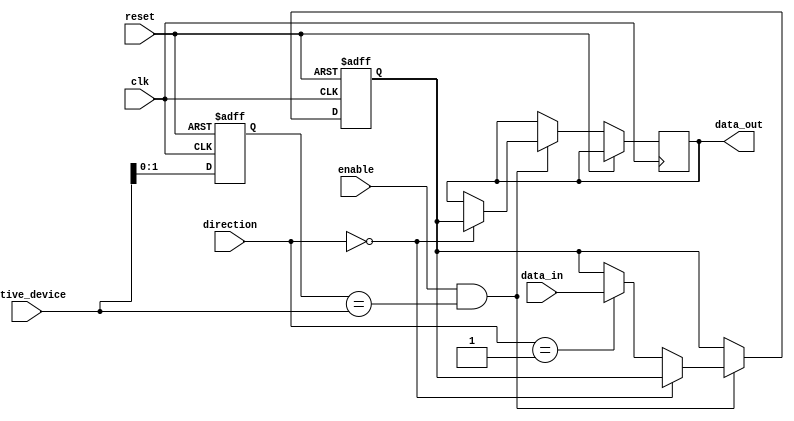
module bus_switch (
    input wire clk,
    input wire reset,
    input wire enable,
    input wire [3:0] active_device,
    input wire [1:0] direction,
    input wire [7:0] data_in,
    output reg [7:0] data_out
);

reg [1:0] current_device = 2'b00;
reg [7:0] active_data;

always @ (posedge clk or posedge reset) begin
    if (reset) begin
        current_device <= 2'b00;
        active_data <= 8'b00000000;
    end else begin
        if (enable && (current_device == active_device)) begin
            if (direction == 2'b00) begin //output direction
                data_out <= active_data;
            end else if (direction == 2'b01) begin //input direction
                active_data <= data_in;
            end
        end
        current_device <= active_device;
    end
end

endmodule